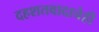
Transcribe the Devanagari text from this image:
दहशतवादाचेही